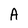
Character: A